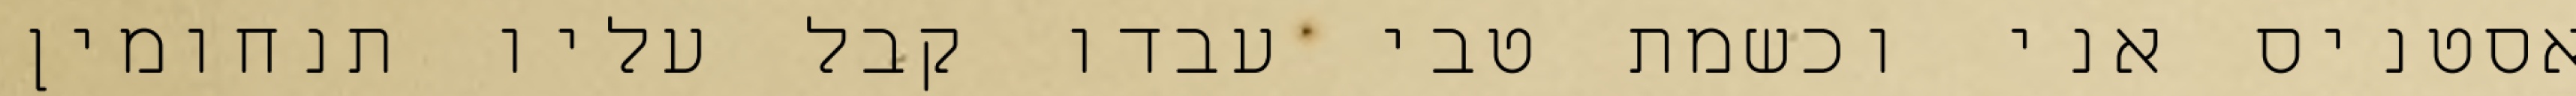
אסטניס אני וכשמת טבי עבדו קבל עליו תנחומין